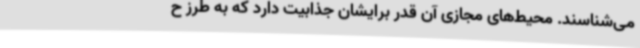
می‌شناسند. محیط‌های مجازی آن‌ قدر برایشان جذابیت دارد که به طرز ح